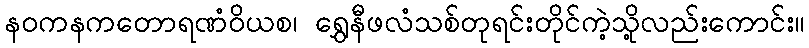
နဝကနကတောရဏံဝိယစ၊ ရွှေနီဖလံသစ်တုရင်းတိုင်ကဲ့သို့လည်းကောင်း။